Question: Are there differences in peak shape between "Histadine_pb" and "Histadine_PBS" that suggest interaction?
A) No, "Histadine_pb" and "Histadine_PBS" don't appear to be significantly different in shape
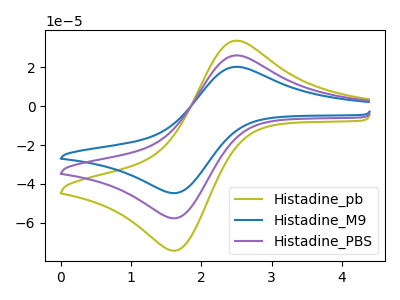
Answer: <think>The olive curve "Histadine_pb" has an anodic peak at (2.50V, 33.80uA) and a cathodic peak at (1.65V, -74.25uA). The blue curve "Histadine_M9" has an anodic peak at (2.50V, 52.45uA) and a cathodic peak at (1.65V, -115.20uA). The purple curve "Histadine_PBS" has an anodic peak at (2.50V, 26.20uA) and a cathodic peak at (1.65V, -57.60uA).
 All the peaks in "Histadine_pb" have a peak in "Histadine_PBS" at the same potential. Every peak in "Histadine_pb" is higher than every peak in "Histadine_PBS".</think>
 <answer>A) No, "Histadine_pb" and "Histadine_PBS" don't appear to be significantly different in shape</answer>
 <eval>A</eval>